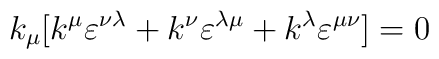
k_{\mu}[k^{\mu} \varepsilon^{\nu \lambda} + k^{\nu} \varepsilon^{\lambda \mu} +k^{\lambda} \varepsilon^{\mu \nu}] =0